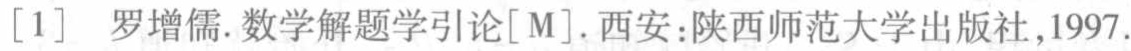
[1] 罗增儒. 数学解题学引论[M]. 西安:陕西师范大学出版社,1997.